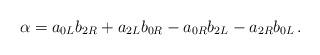
LaTeX: \begin{align*}\alpha = a_{0L} b_{2R} + a_{2L} b_{0R} - a_{0R} b_{2L} - a_{2R} b_{0L} \,.\end{align*}